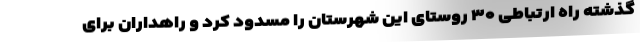
گذشته راه ارتباطی ۳۰ روستای این شهرستان را مسدود کرد و راهداران برای